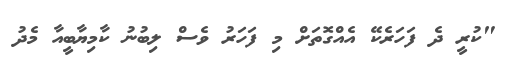
"ކުރީ ދެ ފަހަރެކޭ އެއްގޮތަށް މި ފަހަރު ވެސް ލިބުނު ކާމިޔާބީއާ މެދު